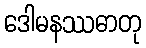
ဒေါမနဿဓာတု